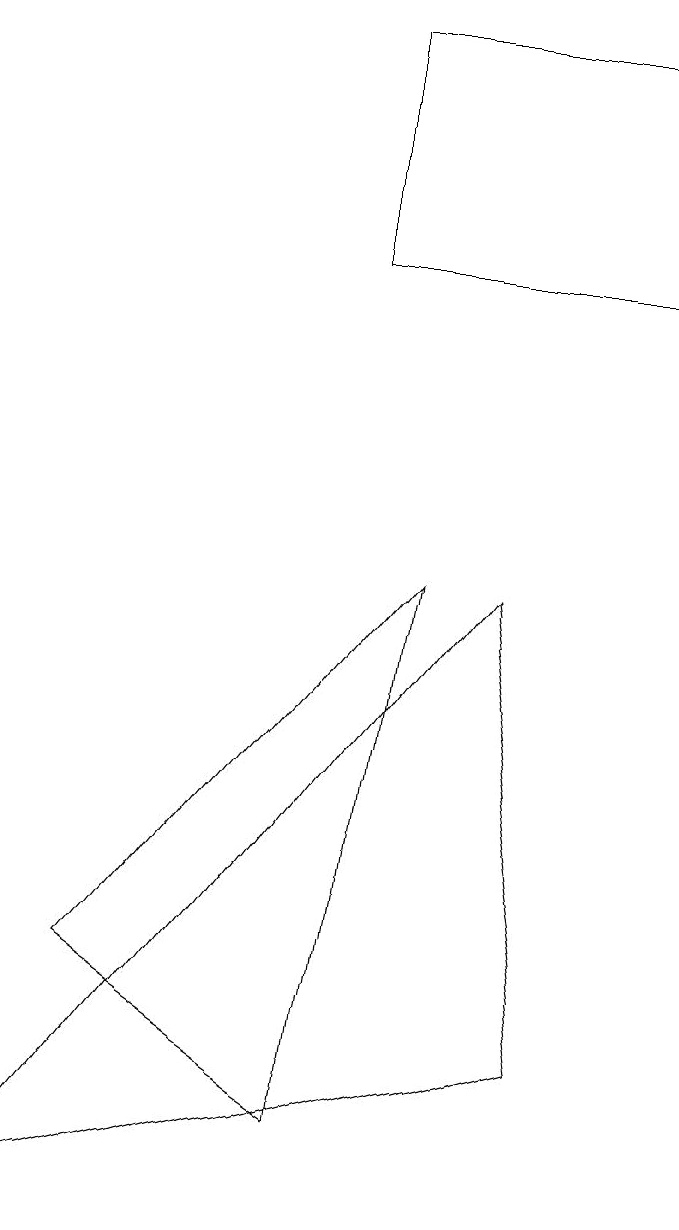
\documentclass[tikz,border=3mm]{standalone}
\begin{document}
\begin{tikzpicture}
\draw (7,9) -- (1,1) -- (8,3) -- cycle;
\draw (9,16) rectangle (5,13);
\draw (5,2) -- (2,4) -- (6,9) -- cycle;
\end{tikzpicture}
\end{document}